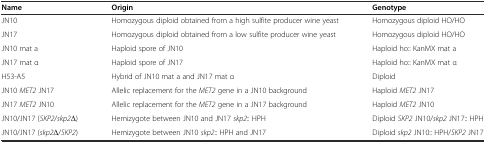
<table><thead><tr><td><b>Name</b></td><td><b>Origin</b></td><td><b>Genotype</b></td></tr></thead><tbody><tr><td>JN10</td><td>Homozygous diploid obtained from a high sulfite producer wine yeast</td><td>Homozygous diploid HO/HO</td></tr><tr><td>JN17</td><td>Homozygous diploid obtained from a low sulfite producer wine yeast</td><td>Homozygous diploid HO/HO</td></tr><tr><td>JN10 mat a</td><td>Haploid spore of JN10</td><td>Haploid ho:: KanMX mat a</td></tr><tr><td>JN17 mat α</td><td>Haploid spore of JN17</td><td>Haploid ho:: KanMX mat α</td></tr><tr><td>H53-A5</td><td>Hybrid of JN10 mat a and JN17 mat α</td><td>Diploid</td></tr><tr><td>JN10 <i>MET2</i> JN17</td><td>Allelic replacement for the <i>MET2</i> gene in a JN10 background</td><td>Haploid <i>MET2</i> JN17</td></tr><tr><td>JN17 <i>MET2</i> JN10</td><td>Allelic replacement for the <i>MET2</i> gene in a JN17 background</td><td>Haploid <i>MET2</i> JN10</td></tr><tr><td>JN10/JN17 (<i>SKP2</i>/<i>skp2</i>Δ)</td><td>Hemizygote between JN10 and JN17 <i>skp2</i>:: HPH</td><td>Diploid <i>SKP2</i> JN10/<i>skp2</i> JN17:: HPH</td></tr><tr><td>JN10/JN17 (<i>skp2</i>Δ/<i>SKP2</i>)</td><td>Hemizygote between JN10 <i>skp2</i>:: HPH and JN17</td><td>Diploid <i>skp2</i> JN10:: HPH/<i>SKP2</i> JN17</td></tr></tbody></table>